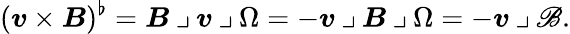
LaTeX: (\boldsymbol{v}\times\boldsymbol{B})^{\flat}=\boldsymbol{B}\mathbin{\lrcorner}\boldsymbol{v}\mathbin{\lrcorner}\Omega=-\boldsymbol{v}\mathbin{\lrcorner}\boldsymbol{B}\mathbin{\lrcorner}\Omega=-\boldsymbol{v}\mathbin{\lrcorner}\mathscr{B}.